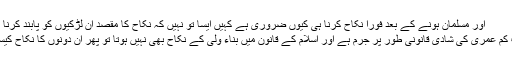
اور مسلمان ہونے کے بعد فوراً نکاح کرنا ہی کیوں ضروری ہے کہیں ایسا تو نہیں کہ نکاح کا مقصد اُن لڑکیوں کو پابند کرنا ہے.
جب کم عمری کی شادی قانونی طور پر جرم ہے اور اسلام کے قانون میں بناء ولی کے نکاح بھی نہیں ہوتا تو پھر اِن دونوں کا نکاح کیسے؟